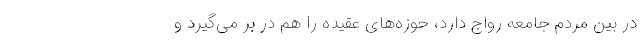
در بین مردم جامعه رواج دارد، حوزه‌های عقیده را هم در بر می‌گیرد و